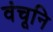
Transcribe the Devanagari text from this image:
वंचूनि